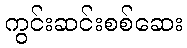
ကွင်းဆင်းစစ်ဆေး